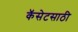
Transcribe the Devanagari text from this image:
कॅसेटसाठी